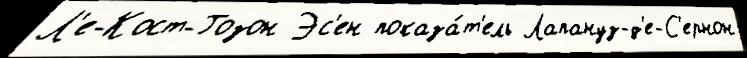
Л'е-Кост-Гозон Эс'ен показа́т'ель Лапануз-д'е-С'ернон